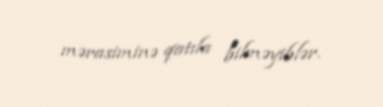
mərasiminə qatıla bilməyiblər.